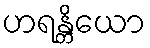
ဟရန္တိယော